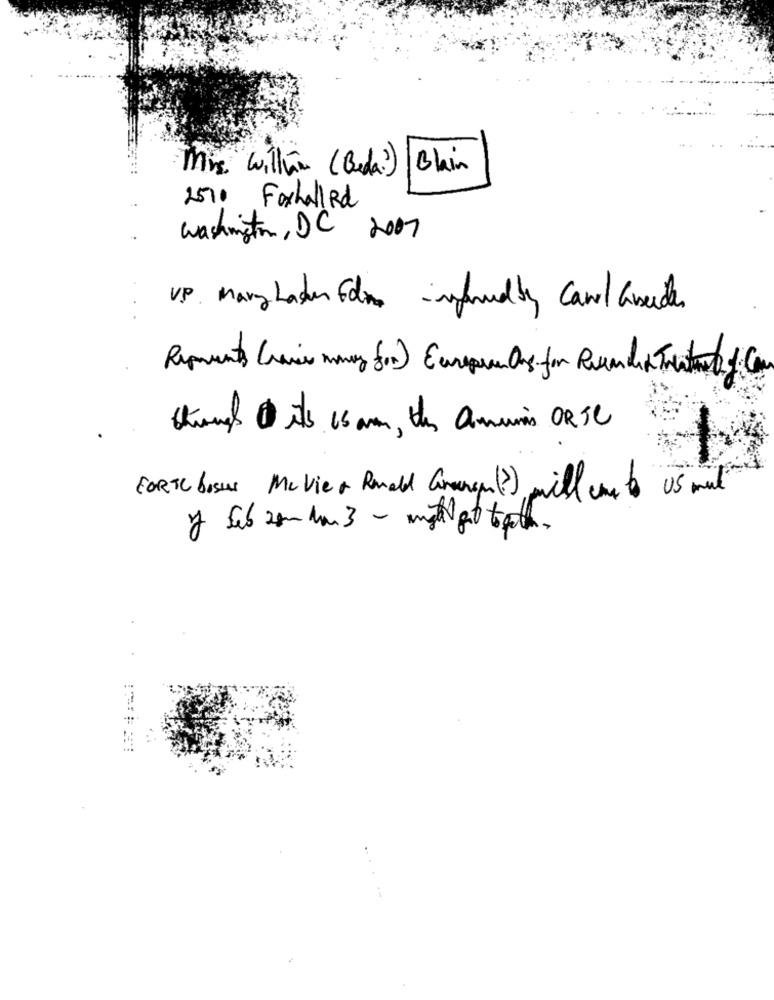
This Willhe (Beda? )
Bhin
2570 ForhallRd
Washington, DC 2007
UP MaryLader For insandby Caril Csidas
Reprints (save money for) Europe Os for Rewarded Tratado& Co
Strangh 1 its 65 am, ths Queis ORTC
US mit
FORTE bases McVier Ronald Grenser(?) will come to
y feb 20m hm 3 - myto get toptan.
. ..